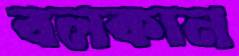
বলকান